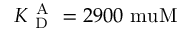
K _ { \mathrm { ~ D ~ } } ^ { \mathrm { ~ A ~ } } = 2 9 0 0 \mathrm { \ m u M }